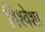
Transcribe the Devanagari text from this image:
विश्वेशा